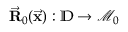
\vec { \bf R } _ { 0 } ( \vec { \bf x } ) : \mathbb { D } \rightarrow \mathcal { M } _ { 0 }